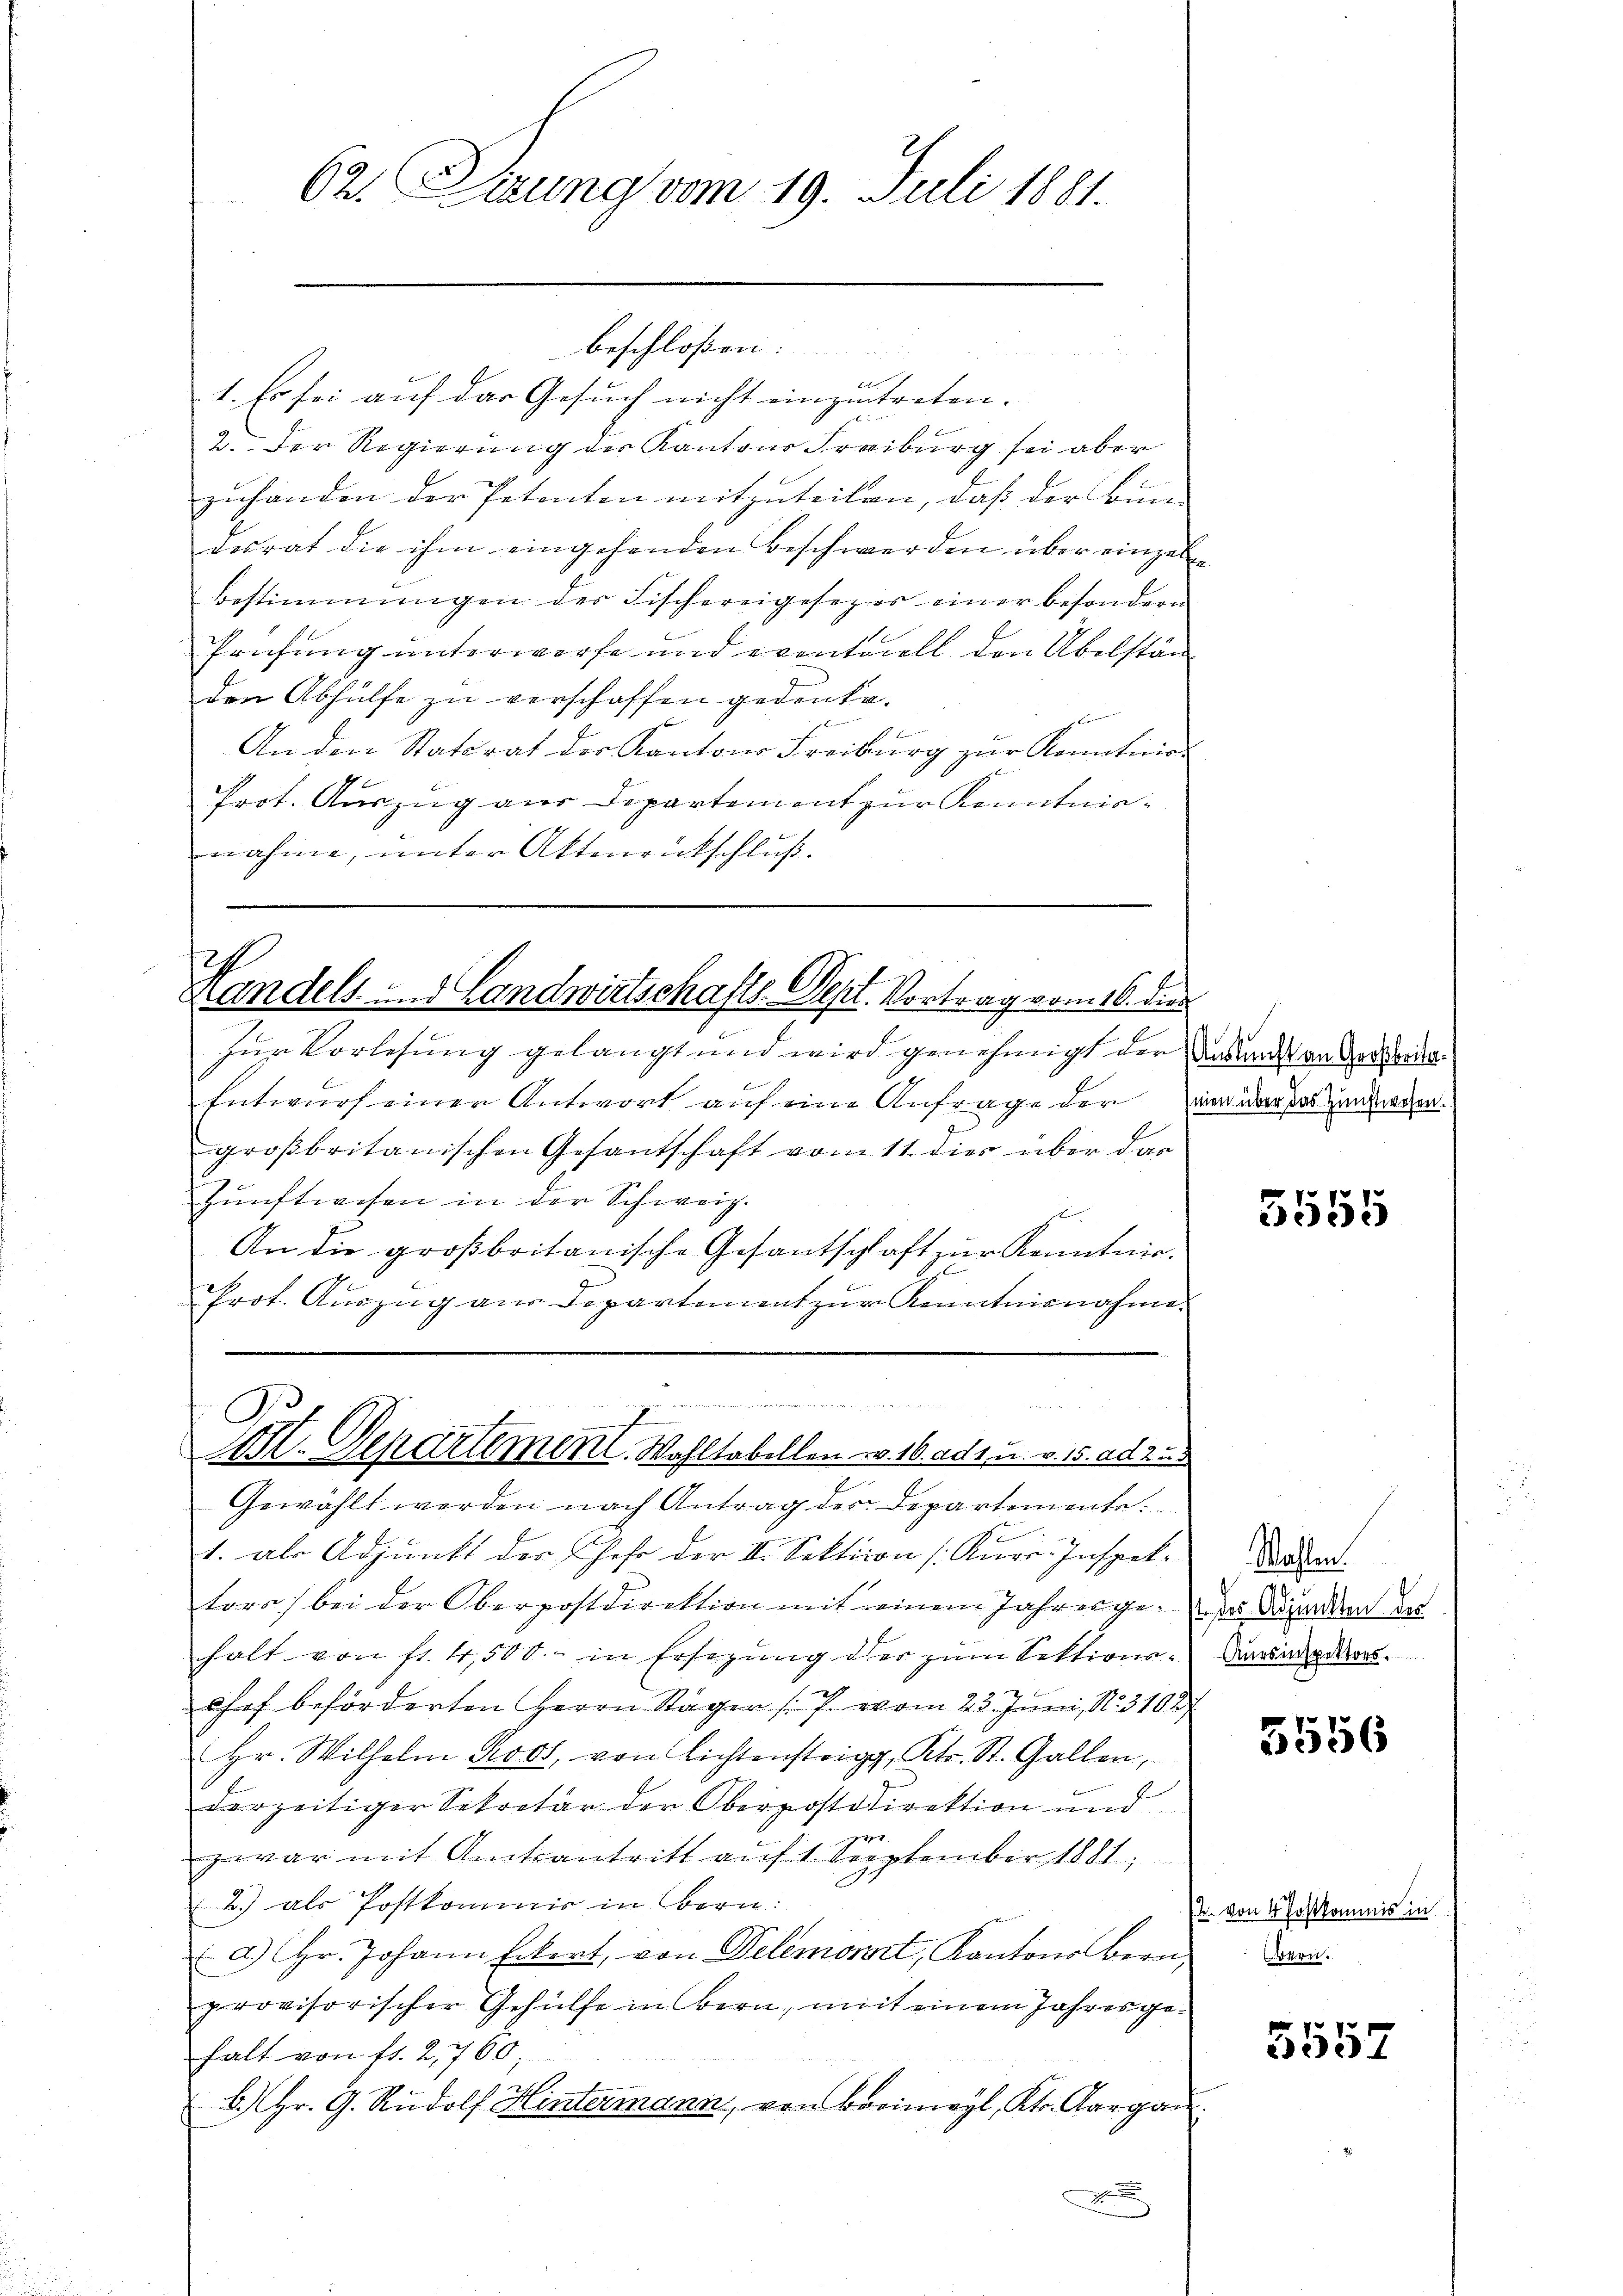
62. Sirung vom 19. Juli 1881.

d
1. Es sei auf das Gesuch nicht einzutreten.
2. Der Regierung der Kantons Freiburg sei aber
.
zuhänden der Petenten mitzuteilen, daß der Bun-
desrat die ihm eingehenden Beschwerden über einzeln
Bestimmungen der Fischereigesezer einer besondern
Prüfung unterworfe und eventuell den Übelstän
den Abhülfe zu verschaffen gedenke.
.
f
An den Statorat der Kantons Freiburg zŭr Kenntnis-
Prot. Auszug aus Departement zur Kenntnisnahme, unter Aktenrückschluß.

beschloßen:

Handels- und Landwirtschafts-Oept. Vortrag vom 16. dies

Zur Vorlesung gelangt und wird genehmigt der Anden an der ode
Entwurf einer Antwort auf eine Anfrage der um der das zuwerden.
großbritanischen Gesantschaft vom 11. dies über das
Zunftwesen in der Schweiz.
An die großbritanische Gesantschlaft zŭr Kenntnis.
l
Prot. Auszug aus Departement zur Anntnisnahme.

I
At. Departement. Wohltabellen v. 16. adt u. v. 15. ad 2.

Gewählt werden nach Antrag des Departemente.
t
1. als Adjunkt der Fehr der II. Sektion (Kurr-Inspek-
tors) bei der Oberpostdirektion mit einem Jahrenge das Abenden der
halt von fl. 4,500.- in Ersezung der zŭm Sektions-
i
shof beförderten Herrn Stäger (: 7. vom 23. Juni, No. 3108
Hr. Wilhelm Roos, von Lichtensteigg, Kts. St. Gallen,
derzeitiger Sekretär der Oberpostdirektion und
g
zwar mit Amtsantritt auf 1. September 1881,
2.) als Postkommis in Bern:
a) Hr. Johann Eckert, von Delemont, Kantons Bern,
provisorischer Gehülfe in Bern, mit einem Jahresgehalt von fr. 2,760
h
b. Hr. G. Rudolf Hintermann, von Breimeyl, Kts. Aargau.
x

p
e

Wahlen.
Aursinspektors.

5556

2. von 4 Postkommis in
Bern.

5557